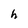
Character: h